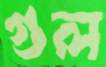
গুল